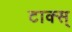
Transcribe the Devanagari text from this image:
टाक्स्